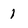
Character: 1